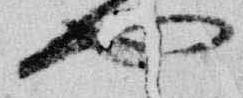
也